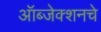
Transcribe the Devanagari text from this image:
ऑब्जेक्शनचे